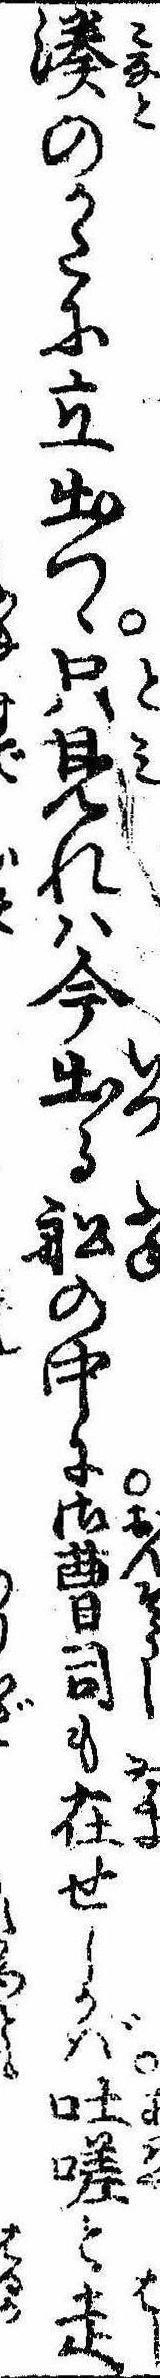
湊のかたに立出つゝ只見れは今出る船の中に御曹司も在せしかば吐嗟と走